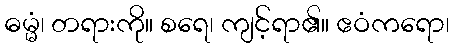
ဓမ္မံ၊ တရားကို။ စရေ၊ ကျင့်ရာ၏။ ဧဝံကရော၊